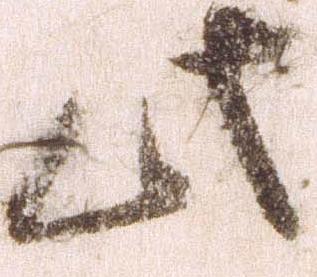
此